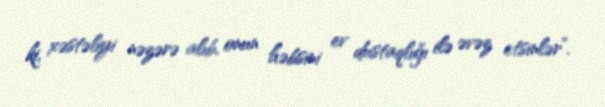
ki, xəstəliyi nəzərə alıb, onun həbsini ev dustaqlığı ilə əvəz etsinlər”.